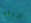
حياه